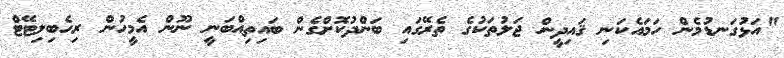
"އަޅުގަނޑުމެން ހަމައެކަނި ޤައިދީން ޖަލުތަކުގެ ތެރޭގައި ބަންދުކޮށްގެން ބައިތިއްބަނީ ނޫން އެމީހުން ރިހެބިލިޓޭޓް